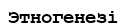
Этногенезі